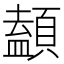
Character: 䫦